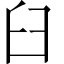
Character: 臼